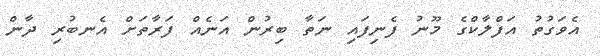
އެވަގުތު އަފްލާކްގެ މޫނު ފެނިފައި ނަތާ ބިރުން އަނެއް ފަރާތަށް އެނބުރި ދާން